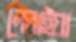
লেলাইয়া